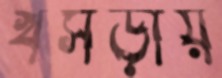
খসড়ায়